Scottish Certificate of Education, 1962
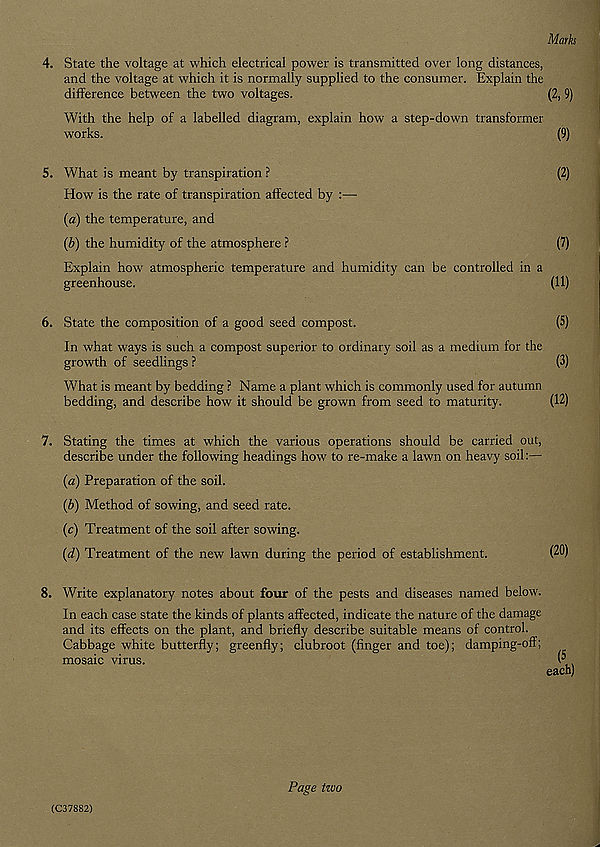
Marks
4. State the voltage at which electrical power is transmitted over long distances,
and the voltage at which it is normally supplied to the consumer. Explain the
difference between the two voltages.
(2, 9)
With the help of a labelled diagram, explain how a step-down transformer
works.
(9)
5. What is meant by transpiration ?
(2)
How is the rate of transpiration affected by :—
(a) the temperature, and
(b) the humidity of the atmosphere ?
(7)
Explain how atmospheric temperature and humidity can be controlled in a
greenhouse.
(11)
6. State the composition of a good seed compost.
(5)
In what ways is such a compost superior to ordinary soil as a medium for the
growth of seedlings ?
(3)
What is meant by bedding ? Name a plant which is commonly used for autumn
bedding, and describe how it should be grown from seed to maturity.
(12)
7. Stating the times at which the various operations should be carried out,
describe under the following headings how to re-make a lawn on heavy soil:—
(a) Preparation of the soil.
(b) Method of sowing, and seed rate.
(c) Treatment of the soil after sowing.
(d) Treatment of the new lawn during the period of establishment.
(20)
8. Write explanatory notes about four of the pests and diseases named below.
In each case state the kinds of plants affected, indicate the nature of the damage
and its effects on the plant, and briefly describe suitable means of control.
Cabbage white butterfly; greenfly; clubroot (finger and toe); damping-off;
mosaic virus.
( 5
each)
(C37882)
Page tzvo